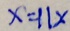
x = 1 1 x